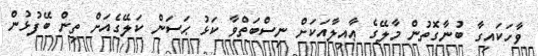
ވާހަކައިގާ ބުނާގޮތުން މާލޭގެ ޢާއިލާއަކަށް ނިސްބަތްވާ ކަޅު ޙަސަން ކަލޭގެއަށް ތިން ބޭފުޅުން